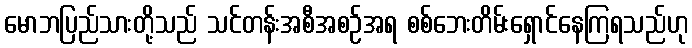
မောဘပြည်သားတို့သည် သင်တန်းအစီအစဉ်အရ စစ်ဘေးတိမ်းရှောင်နေကြရသည်ဟု